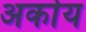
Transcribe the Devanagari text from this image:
अर्काय